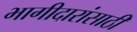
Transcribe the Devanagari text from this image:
भागीदारांसाठी